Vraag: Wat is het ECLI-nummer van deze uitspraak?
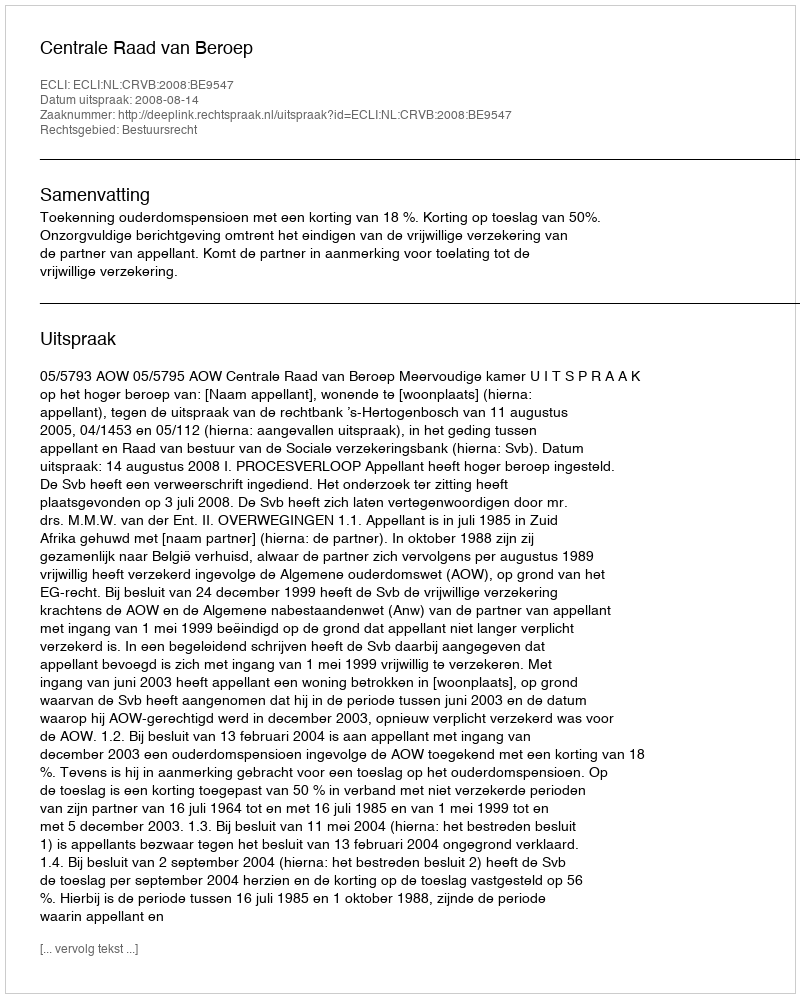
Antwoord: ECLI:NL:CRVB:2008:BE9547